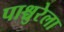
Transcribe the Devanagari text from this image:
पाश्चुरेला